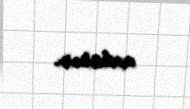
axtarır.